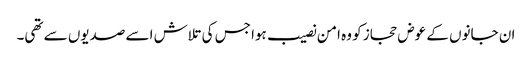
ان جانوں کے عوض حجاز کو وہ امن نصیب ہوا جس کی تلاش اسے صدیوں سے تھی۔